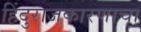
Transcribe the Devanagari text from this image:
हिंदुराजकारणाचा